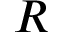
R